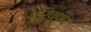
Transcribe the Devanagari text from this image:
परिपूणर्